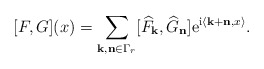
\begin{align*}[F,G](x)=\sum_{{\bf k,n}\in \Gamma_{r}} [\widehat{F}_{\bf k},\widehat{G}_{\bf n}] {\rm e}^{{\rm i}\langle {\bf k+n},x \rangle}. \end{align*}